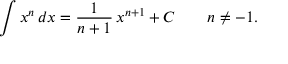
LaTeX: \int x ^ { n } \, d x = { \frac { 1 } { n + 1 } } \, x ^ { n + 1 } + C \qquad n \neq - 1 .